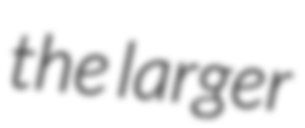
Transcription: the larger